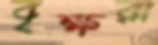
বৃক্ষরা